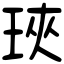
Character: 𤥵